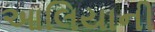
આલિયાની